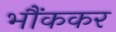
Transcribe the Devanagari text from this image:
भौंककर